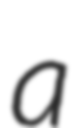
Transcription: a